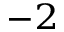
^ { - 2 }